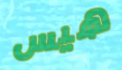
هيس